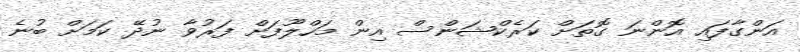
އަންގާފައި އޮންނަ ގޮތަށް ކަރެކްޝަންސް އިން މަހްލޫފަށް ފަރުވާ ނުދޭ ކަމަށް ބުނެ